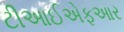
ટીઆઈએફઆર